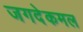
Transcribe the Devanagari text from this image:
जगदेकमल